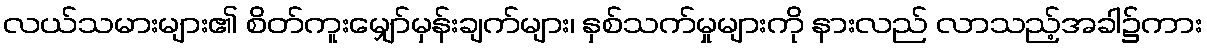
လယ်သမားများ၏ စိတ်ကူးမျှော်မှန်းချက်များ၊ နှစ်သက်မှုများကို နားလည် လာသည့်အခါ၌ကား